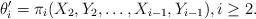
LaTeX: \begin{align*}\theta'_i=\pi_i(X_2,Y_2,\dots,X_{i-1},Y_{i-1}), i\ge 2.\end{align*}